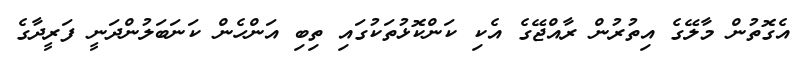
އެގޮތުން މާލޭގެ އިތުރުން ރާއްޖޭގެ އެކި ކަންކޮޅުތަކުގައި ތިބި އަންހެން ކަނަބަލުންދަނީ ފަރީދާގެ